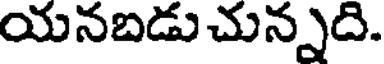
యనబడు చున్నది.